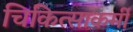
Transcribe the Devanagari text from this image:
चिकित्साकर्मी